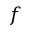
f